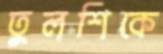
তুলশিকে